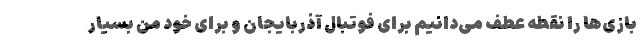
بازی‌ها را نقطه عطف می‌دانیم برای فوتبال آذربایجان و برای خود من بسیار